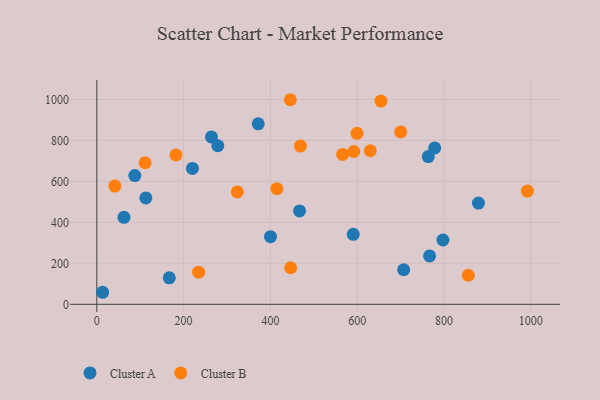
{"axis": {"x": "Experience", "y": "Fuel Efficiency"}, "legend": ["Cluster A", "Cluster B"], "data": [{"x": "220.3", "y": 663.1, "type": "Cluster A"}, {"x": "797.5", "y": 313.8, "type": "Cluster A"}, {"x": "167.0", "y": 129.0, "type": "Cluster A"}, {"x": "763.7", "y": 721.0, "type": "Cluster A"}, {"x": "467.1", "y": 456.0, "type": "Cluster A"}, {"x": "590.8", "y": 341.4, "type": "Cluster A"}, {"x": "707.0", "y": 168.6, "type": "Cluster A"}, {"x": "264.1", "y": 817.1, "type": "Cluster A"}, {"x": "371.9", "y": 881.2, "type": "Cluster A"}, {"x": "113.0", "y": 519.3, "type": "Cluster A"}, {"x": "62.5", "y": 424.6, "type": "Cluster A"}, {"x": "400.2", "y": 329.9, "type": "Cluster A"}, {"x": "278.8", "y": 773.9, "type": "Cluster A"}, {"x": "879.3", "y": 494.1, "type": "Cluster A"}, {"x": "87.6", "y": 628.5, "type": "Cluster A"}, {"x": "766.7", "y": 236.1, "type": "Cluster A"}, {"x": "13.4", "y": 58.7, "type": "Cluster A"}, {"x": "778.5", "y": 763.2, "type": "Cluster A"}, {"x": "992.0", "y": 552.7, "type": "Cluster B"}, {"x": "469.2", "y": 772.3, "type": "Cluster B"}, {"x": "445.9", "y": 998.6, "type": "Cluster B"}, {"x": "111.3", "y": 690.9, "type": "Cluster B"}, {"x": "599.6", "y": 834.8, "type": "Cluster B"}, {"x": "855.8", "y": 141.8, "type": "Cluster B"}, {"x": "630.1", "y": 749.6, "type": "Cluster B"}, {"x": "234.6", "y": 156.6, "type": "Cluster B"}, {"x": "566.4", "y": 731.6, "type": "Cluster B"}, {"x": "182.5", "y": 729.3, "type": "Cluster B"}, {"x": "592.0", "y": 745.9, "type": "Cluster B"}, {"x": "323.7", "y": 548.7, "type": "Cluster B"}, {"x": "446.7", "y": 178.4, "type": "Cluster B"}, {"x": "700.2", "y": 841.3, "type": "Cluster B"}, {"x": "41.6", "y": 577.1, "type": "Cluster B"}, {"x": "415.0", "y": 564.6, "type": "Cluster B"}, {"x": "654.8", "y": 992.1, "type": "Cluster B"}]}